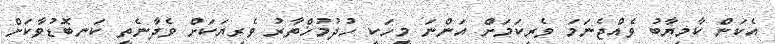
އެކަން ކާމިޔާބު ވެއްޖެނަމަ ވެރިކަމަށް އަންނަ މީހަކީ ހުދުމުޚްތާރު ވެރިޔަކަށް ވެދާނެތީ ކަނބޮޑުވާކަށް